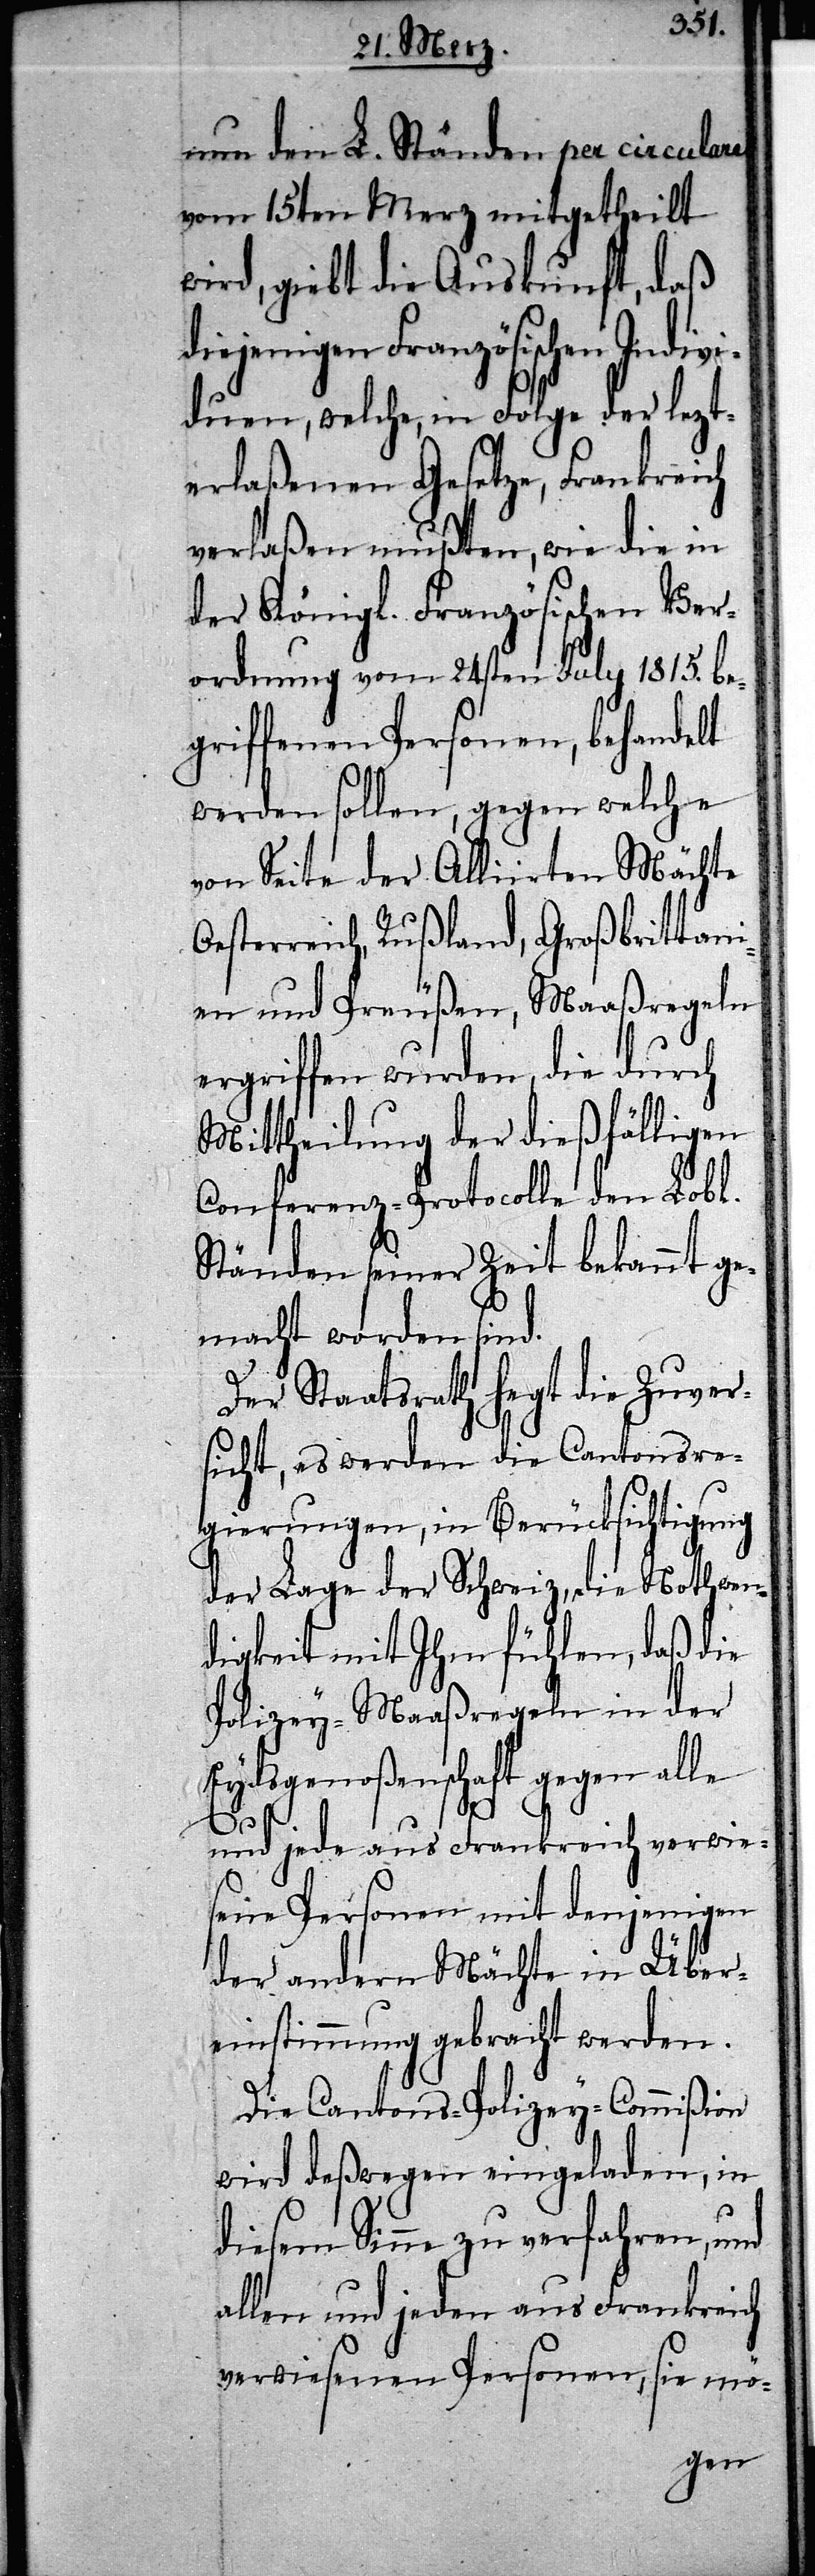
nun den L. Ständen per circulare
vom 15ten Merz mitgetheilt
wird, giebt die Auskunft, daß
ejenigen Französischen Indiv¬
iduen, welche, in Folge der lezt¬
erlaßenen Gesetze, Frankreich
verlaßen mußten, wie die in
der Königl. Französischen Ver¬
ordnung vom 24sten July 1815. be¬
griffenen Personen, behandelt
werden sollen, gegen welche
von Seite der Alliierten Mächte
Oesterreich, Rußland, Großbrittani¬
en und Preußen, Maaßregeln
ergriffen wurden, die durch
Mittheilung der dießfälligen
Conferenz-Protocolle den Lobl.
Ständen seiner Zeit bekannt ge¬
macht worden sind.
Der Staatsrath hegt die Zuver¬
sicht, es werden die Cantonsre¬
gierungen, in Berücksichtigung
der Lage der Schweiz, die Nothwen¬
digkeit mit Ihm fühlen, daß die
Polizey-Maaßregeln in der
Eydsgenoßenschaft gegen alle
di¬
und jede aus Frankreich verwies¬
ene Personen mit denjenigen
der andern Mächte in Über¬
einstimmung gebracht werden.
Die Cantons-Polizey-Commißion
wird deßwegen eingeladen, in
diesem Sinne zu verfahren, und
allen und jeden aus Frankreich
verwiesenen Personen, sie mö-